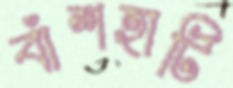
বাঁশহাটি